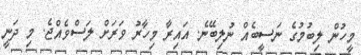
މީހުން ލިބުމުގެ ނަސީބެއް ނުލިބޭނެ. އައިރާ މިހާރު ވަރަށް ލަސްވެއްޖެ. މި ދަނީ